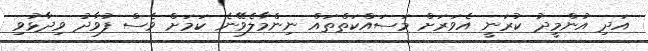
އަދި އުންމީދު ކުރަނީ އެވަރަށް މަސައްކަތްތައް ނިންމާލެވޭނެ ކަމަށް ވެސް ފުވާދު ވިދާޅުވި